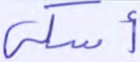
أسكي